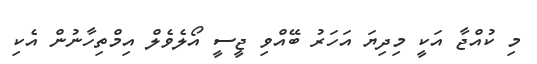
މި ކުއްޖާ އަކީ މިދިޔަ އަހަރު ބޭއްވި ޖީސީ އޯލެވެލް އިމްތިހާނުން އެކި